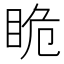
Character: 𭾯